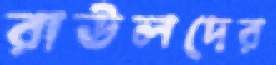
রাউলদের